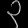
Digit: ၃